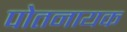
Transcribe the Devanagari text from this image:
पोतनायक